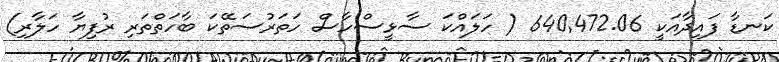
ކަނޑާ ފައިދާއަކީ 640